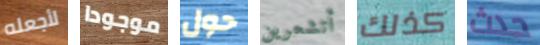
لأجعله موجودا حول أتشعرين كذلك حدث